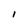
Character: I